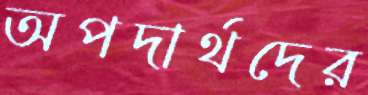
অপদার্থদের